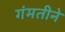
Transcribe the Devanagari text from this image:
गंमतीने